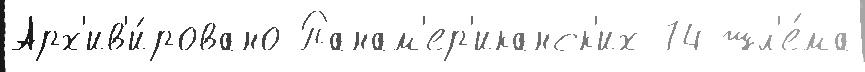
Арх'ив'и́ровано Панам'ер'иканск'их 74 шл'е́ма